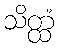
သိတ္ထံ